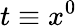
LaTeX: t\equiv x^{0}